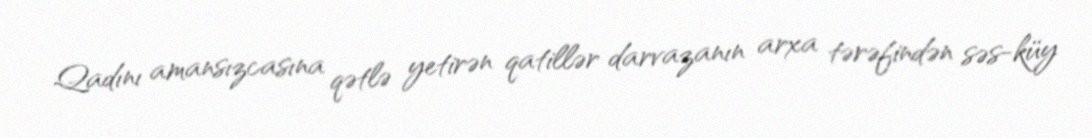
Qadını amansızcasına qətlə yetirən qatillər darvazanın arxa tərəfindən səs-küy